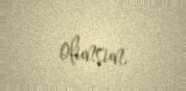
olunsun.